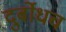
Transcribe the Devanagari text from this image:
दुर्बोधच